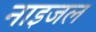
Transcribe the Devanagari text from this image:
नाइजल